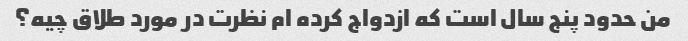
من حدود پنج سال است که ازدواج کرده ام نظرت در مورد طلاق چیه؟